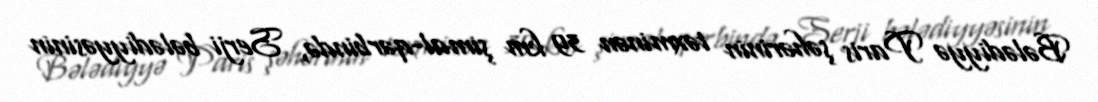
Bələdiyyə Paris şəhərinin təxminən 39 km şimal-qərbində, Serji bələdiyyəsinin